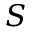
S